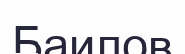
Баилов